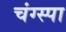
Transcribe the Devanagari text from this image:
चंग्स्पा